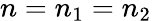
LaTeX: n=n_{1}=n_{2}